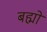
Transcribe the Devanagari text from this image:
बह्मो